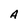
Character: A